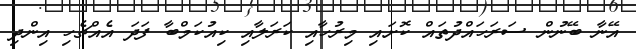
އޭނާ ބޭނުން ސަރަހައްދުތައް ކޮށައި މިރުހާއި ކަރަލާއި ކިއުކަމްބާ ފަދަ އެއްޗެހި އިންދި